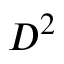
D ^ { 2 }